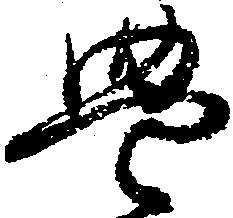
豊